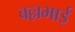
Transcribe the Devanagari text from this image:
बल्लभाई